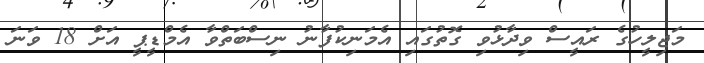
މަޖިލީހުގެ ރައީސް ވިދާޅުވި ގޮތުގައި އެމަނިކުފާނު ނިސްބަތްވާ އެމްޑީޕީ އަށް 18 ވަނަ